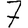
Digit: 7